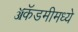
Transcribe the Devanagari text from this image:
ॲकॅडमीमध्ये